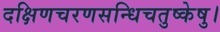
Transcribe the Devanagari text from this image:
दक्षिणचरणसन्धिचतुष्केषु।